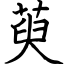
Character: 萸